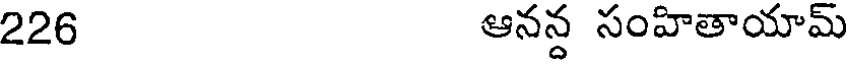
226 ఆనన్ద సంహితాయామ్